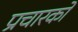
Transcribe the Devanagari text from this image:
प्रचारको